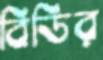
বিডির